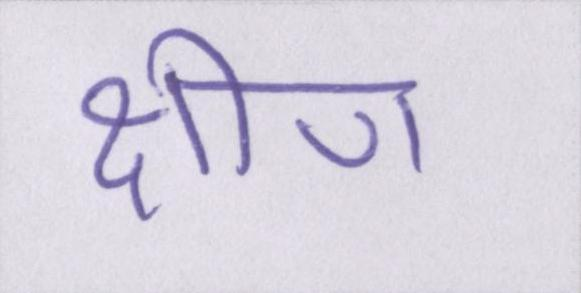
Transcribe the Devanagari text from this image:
क्षीण